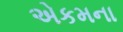
એકમના